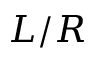
L / R